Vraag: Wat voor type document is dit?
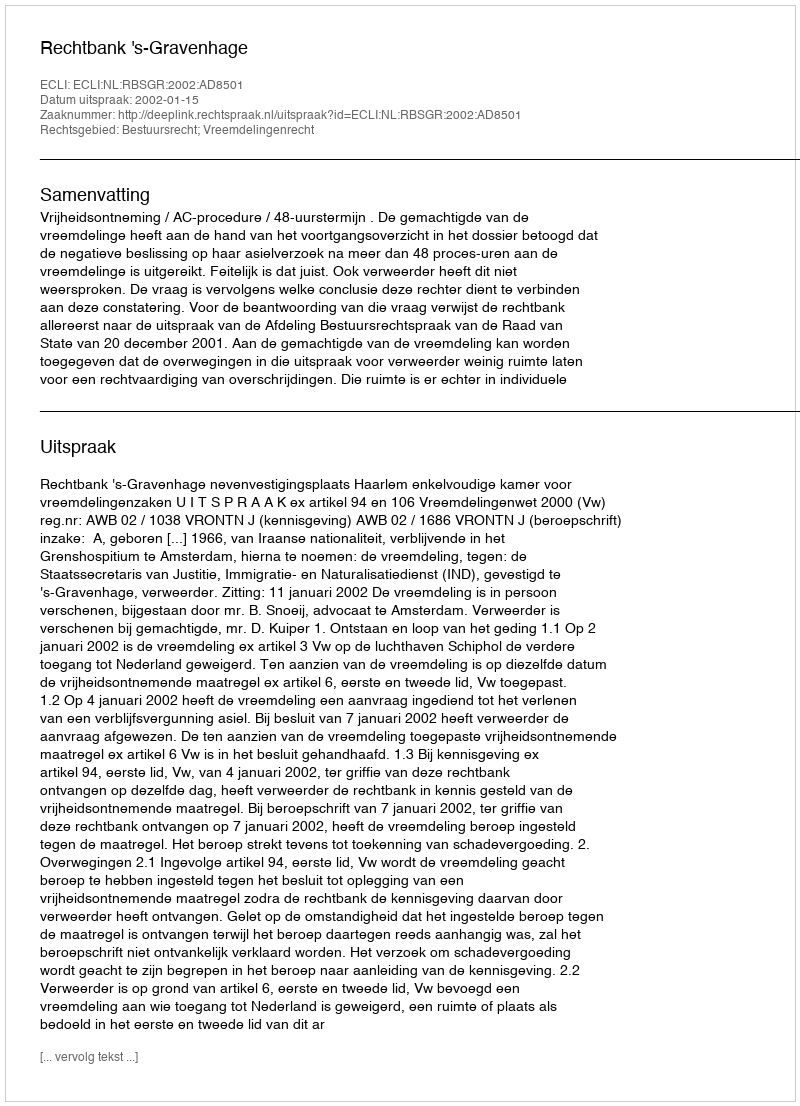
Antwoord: Uitspraak